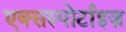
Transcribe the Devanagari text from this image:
एक्सस्पोर्टाइज़